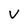
Character: V